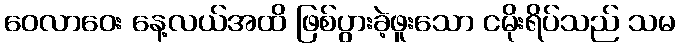
ဝေလာဝေး နေ့လယ်အထိ ဖြစ်ပွားခဲ့ဖူးသော ငမိုးရိပ်သည် သမ